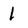
Character: 1